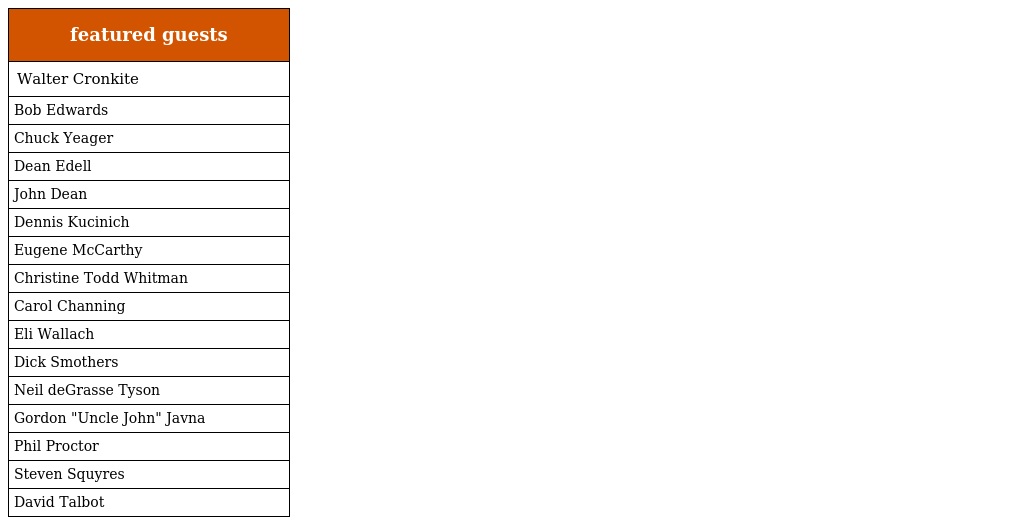
| featured guests |
 | --- |
 | Walter Cronkite |
 | Bob Edwards |
 | Chuck Yeager |
 | Dean Edell |
 | John Dean |
 | Dennis Kucinich |
 | Eugene McCarthy |
 | Christine Todd Whitman |
 | Carol Channing |
 | Eli Wallach |
 | Dick Smothers |
 | Neil deGrasse Tyson |
 | Gordon "Uncle John" Javna |
 | Phil Proctor |
 | Steven Squyres |
 | David Talbot |